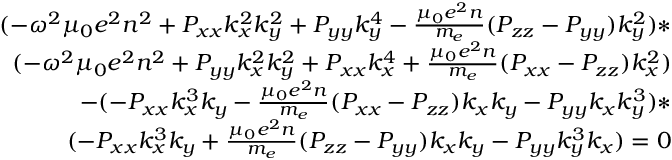
\begin{array} { r } { ( - \omega ^ { 2 } \mu _ { 0 } e ^ { 2 } n ^ { 2 } + P _ { x x } k _ { x } ^ { 2 } k _ { y } ^ { 2 } + P _ { y y } k _ { y } ^ { 4 } - \frac { \mu _ { 0 } e ^ { 2 } n } { m _ { e } } ( P _ { z z } - P _ { y y } ) k _ { y } ^ { 2 } ) * } \\ { ( - \omega ^ { 2 } \mu _ { 0 } e ^ { 2 } n ^ { 2 } + P _ { y y } k _ { x } ^ { 2 } k _ { y } ^ { 2 } + P _ { x x } k _ { x } ^ { 4 } + \frac { \mu _ { 0 } e ^ { 2 } n } { m _ { e } } ( P _ { x x } - P _ { z z } ) k _ { x } ^ { 2 } ) } \\ { - ( - P _ { x x } k _ { x } ^ { 3 } k _ { y } - \frac { \mu _ { 0 } e ^ { 2 } n } { m _ { e } } ( P _ { x x } - P _ { z z } ) k _ { x } k _ { y } - P _ { y y } k _ { x } k _ { y } ^ { 3 } ) * } \\ { ( - P _ { x x } k _ { x } ^ { 3 } k _ { y } + \frac { \mu _ { 0 } e ^ { 2 } n } { m _ { e } } ( P _ { z z } - P _ { y y } ) k _ { x } k _ { y } - P _ { y y } k _ { y } ^ { 3 } k _ { x } ) = 0 } \end{array}